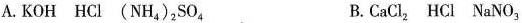
A. KOH HCl (NH_{4})_{2}SO_{4} B. CaCl_ {2} HCl NaNO_{3}